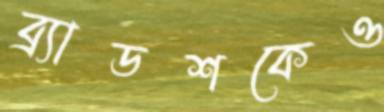
ব্র্যাডশকেও